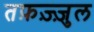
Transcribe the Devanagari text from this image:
तफ़ज़्ज़ुल